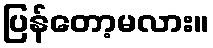
ပြန်တော့မလား။